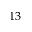
^ { 1 3 }